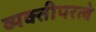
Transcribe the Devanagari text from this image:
व्यक्तीपरत्वे